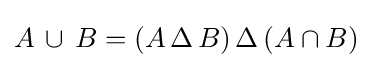
A\,\cup \,B=(A\,\Delta \,B)\,\Delta \,(A\cap B)